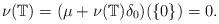
LaTeX: \begin{align*}\nu(\mathbb T) = (\mu + \nu(\mathbb T)\delta_0)(\{0\})= 0. \end{align*}